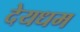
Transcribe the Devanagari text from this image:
देयधम